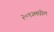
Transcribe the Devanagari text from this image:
२०१३मधील